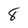
Character: 8